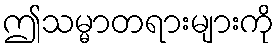
ဤသမ္မာတရားများကို